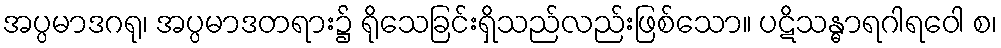
အပ္ပမာဒဂရု၊ အပ္ပမာဒတရား၌ ရိုသေခြင်းရှိသည်လည်းဖြစ်သော။ ပဋိသန္ဓာရဂါရဝေါ စ၊